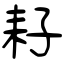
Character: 耔